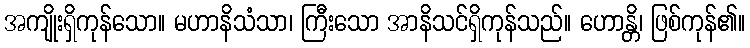
အကျိုးရှိကုန်သော။ မဟာနိသံသာ၊ ကြီးသော အာနိသင်ရှိကုန်သည်။ ဟောန္တိ၊ ဖြစ်ကုန်၏။